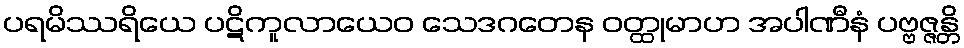
ပရမိဿရိယေ ပဋိကူလာယေဝ သေဒဂတေန ဝတ္ထုမာဟ အပါဏီနံ ပဗ္ဗဇ္ဇန္တိ